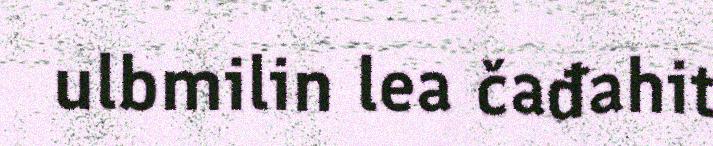
ulbmilin lea čađahit